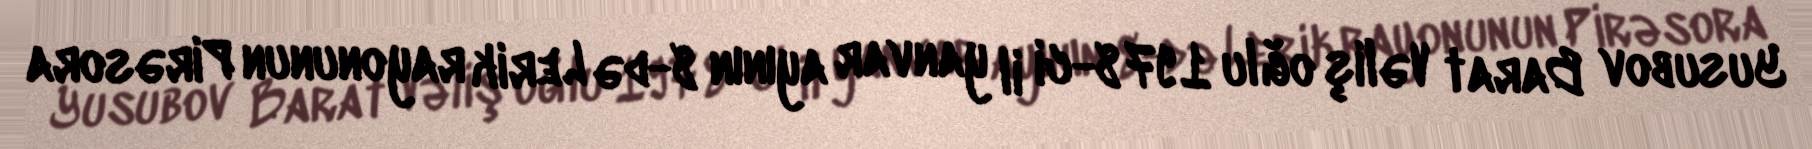
Yusubov Barat Vəliş oğlu 1978-ci il yanvar ayının 8-də Lerik rayonunun Pirəsora